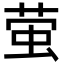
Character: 萤